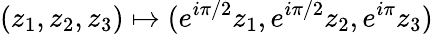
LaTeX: (z_{1},z_{2},z_{3})\mapsto(e^{i\pi/2}z_{1},e^{i\pi/2}z_{2},e^{i\pi}z_{3})